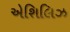
એશિલિઝ